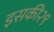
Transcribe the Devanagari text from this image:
इसकी२९